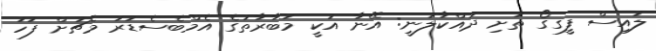
ލުއިސް ފީގގޯ ތަށި ދައްކާލަނީ: އޭނާ އަކީ މުބާރާތުގެ އެމްބެސެޑަރު މެޗަށް ފަހު